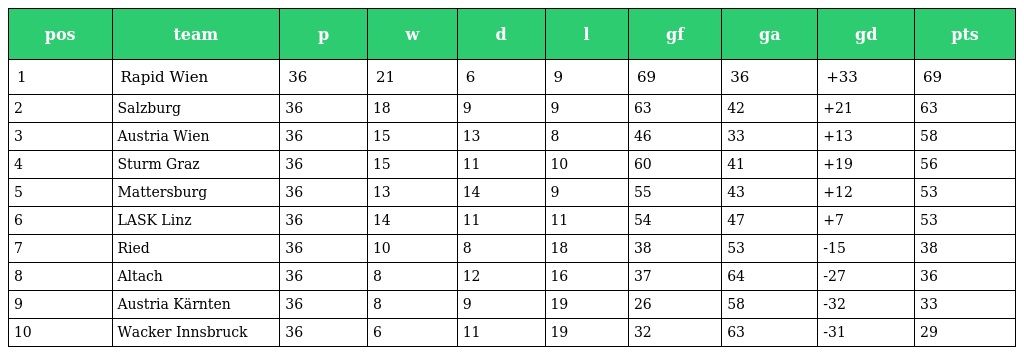
| pos | team | p | w | d | l | gf | ga | gd | pts |
 | --- | --- | --- | --- | --- | --- | --- | --- | --- | --- |
 | 1 | Rapid Wien | 36 | 21 | 6 | 9 | 69 | 36 | +33 | 69 |
 | 2 | Salzburg | 36 | 18 | 9 | 9 | 63 | 42 | +21 | 63 |
 | 3 | Austria Wien | 36 | 15 | 13 | 8 | 46 | 33 | +13 | 58 |
 | 4 | Sturm Graz | 36 | 15 | 11 | 10 | 60 | 41 | +19 | 56 |
 | 5 | Mattersburg | 36 | 13 | 14 | 9 | 55 | 43 | +12 | 53 |
 | 6 | LASK Linz | 36 | 14 | 11 | 11 | 54 | 47 | +7 | 53 |
 | 7 | Ried | 36 | 10 | 8 | 18 | 38 | 53 | -15 | 38 |
 | 8 | Altach | 36 | 8 | 12 | 16 | 37 | 64 | -27 | 36 |
 | 9 | Austria Kärnten | 36 | 8 | 9 | 19 | 26 | 58 | -32 | 33 |
 | 10 | Wacker Innsbruck | 36 | 6 | 11 | 19 | 32 | 63 | -31 | 29 |